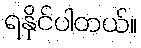
ရနိုင်ပါတယ်။